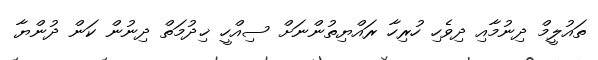
ތައުލީމް ދިނުމާއި ދިވެހި ހުރިހާ ރައްޔިތުންނަށް ސިއްހީ ޚިދުމަތް ދިނުން ކަން ދުންޔާ